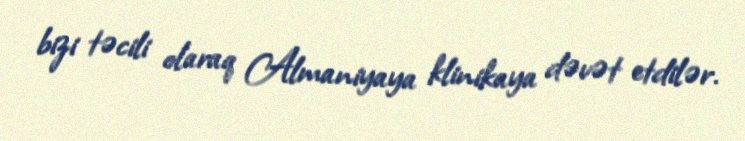
bizi təcili olaraq Almaniyaya klinikaya dəvət etdilər.